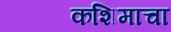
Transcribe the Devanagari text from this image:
कशिमाचा